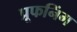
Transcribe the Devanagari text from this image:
प्रूफनिंग